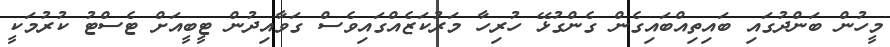
މީހުން ބަންދުގައި ބައިތިއްބައިގެން ގެންގުޅޭ ހުރިހާ މަރުކަޒެއްގައިވެސް ގަވާއިދުން ޓީބީއަށް ޓެސްޓު ކުރުމަކީ